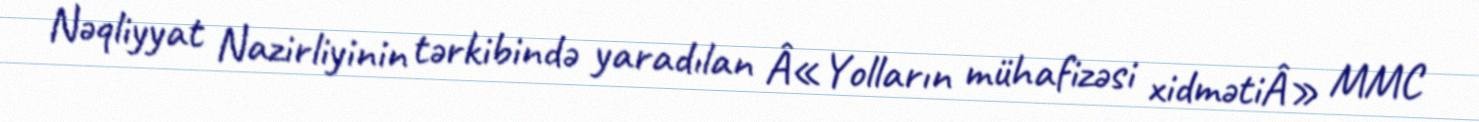
Nəqliyyat Nazirliyinin tərkibində yaradılan Â«Yolların mühafizəsi xidmətiÂ» MMC